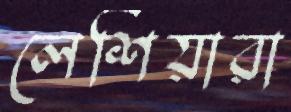
লেশিয়ারা